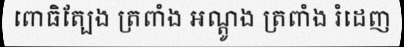
ពោធិត្បែង ត្រពាំង អណ្តូង ត្រពាំង រំដេញ